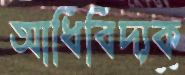
আধিবিদ্যক